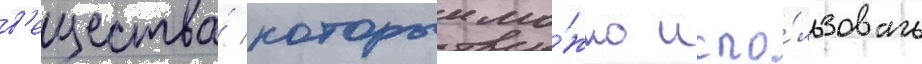
в'ещества́ которыи мо́жно испо́льзовать